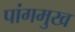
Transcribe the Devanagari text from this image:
पांगमुख